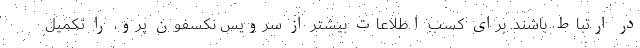
در ارتباط باشند. برای کسب اطلاعات بیشتر از سرویس نکسفون پرو، را تکمیل